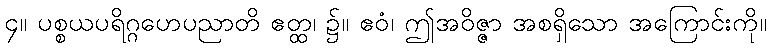
၄။ ပစ္စယပရိဂ္ဂဟေပညာတိ ဧတ္ထ၊ ၌။ ဧဝံ၊ ဤအဝိဇ္ဇာ အစရှိသော အကြောင်းကို။